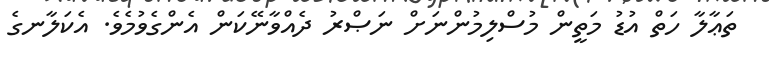
ތަޢާލާ ހަތް އުޑު މަތީން މުސްލިމުންނަށް ނަޞްރު ދެއްވާނޭކަން އެންގެވުމެވެ. އެކަލާނގެ